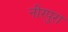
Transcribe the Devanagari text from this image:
नीरपुरा